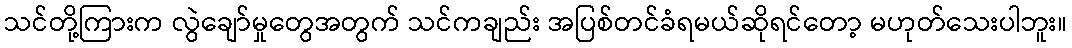
သင်တို့ကြားက လွဲချော်မှုတွေအတွက် သင်ကချည်း အပြစ်တင်ခံရမယ်ဆိုရင်တော့ မဟုတ်သေးပါဘူး။